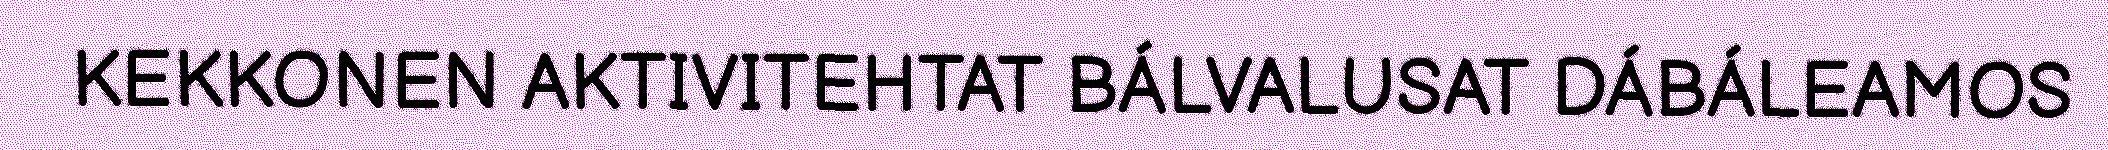
KEKKONEN AKTIVITEHTAT BÁLVALUSAT DÁBÁLEAMOS